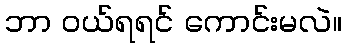
ဘာ ဝယ်ရရင် ကောင်းမလဲ။